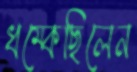
ধম্‌কেছিলেন